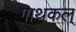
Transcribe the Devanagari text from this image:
गाथकल्